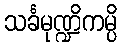
သင်္ခမုဏ္ဍိကမ္ပိ